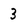
Character: 3